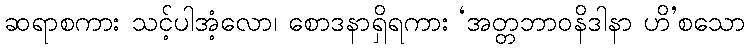
ဆရာစကား သင့်ပါအံ့လော၊ စောဒနာရှိရကား ‘အတ္တဘာဝနိဒါနာ ဟိ’စသော